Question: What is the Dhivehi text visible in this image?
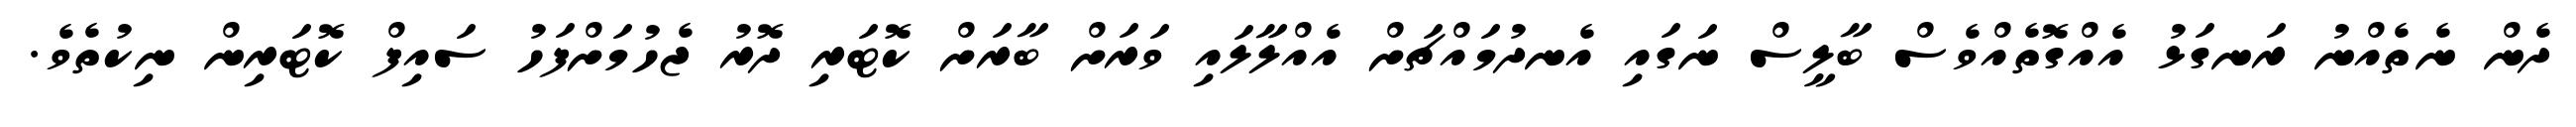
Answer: ދެން ނެތެއްނު ރަނގަޅު އެއްގޮތެއްވެސް ބާލީސް ނަގައި އެނދުމައްޗަށް އެއްލާލައި ވަރަށް ބާރަށް ކޮޓަރި ދޮރު ޖެހުމަށްފަހު ސައިފް ކޮޓަރިން ނިކުތެވެ.